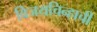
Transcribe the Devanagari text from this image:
विजयचिन्हाची